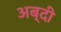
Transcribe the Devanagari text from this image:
अब्दी